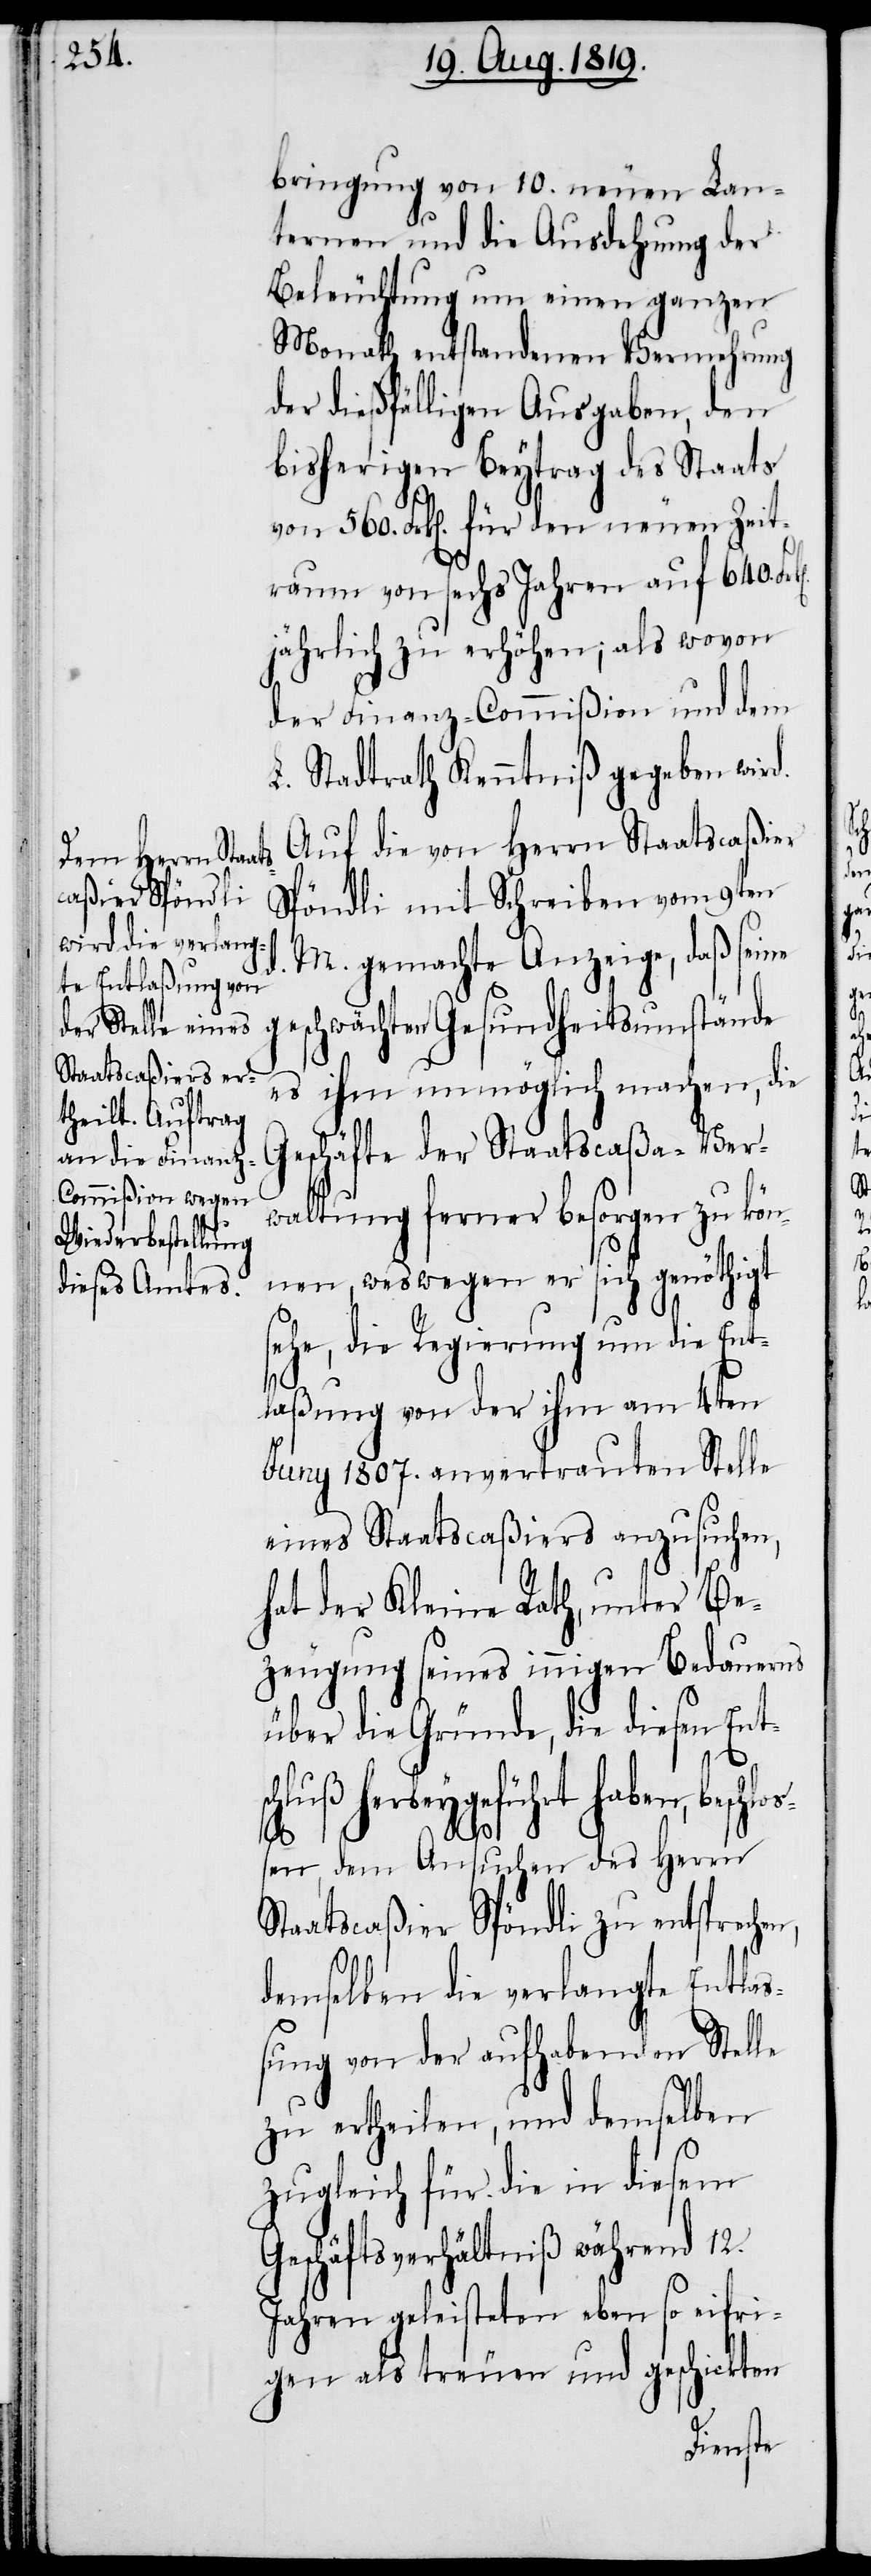
bringung von 10. neuen Lan¬
ternen und die Ausdehnung der
Beleuchtung um einen ganzen
Monath entstandenen Vermehrung
der dießfälligen Ausgaben, den
bisherigen Beytrag des Staats
von 560. Frk[en]. für den neuen Zeit¬
raum von sechs Jahren auf 640.
jährlich zu erhöhen; als wovon
der Finanz-Commißion und dem
L. Stadtrath Kenntniß gegeben wird.
Auf die von Herrn Staatscaßier
Spöndli mit Schreiben vom 9ten
M. gemachte Anzeige, daß seine
geschwächten Gesundheitsumstände
es ihm unmöglich machen, die
Geschäfte der Staatscaßa-Ver¬
waltung ferner besorgen zu kön¬
nen, weswegen er sich genöthigt
sehe, die Regierung um die Ent¬
laßung von der ihm am 4ten
Juny 1807. anvertrauten Stelle
eines Staatscaßiers anzusuchen,
hat der Kleine Rath, unter Be¬
zeugung seines innigen Bedauerns
über die Gründe, die diesen Ent¬
schluß herbeygeführt haben, beschl¬
sen, dem Ansuchen des Herrn
Staatscaßier Spöndli zu entsprechen,
os¬
demselben die verlangte Entlas¬
sung von der aufhabenden Stelle
zu ertheilen, und demselben
zugleich für die in diesem
Geschäftsverhältniß während 12.
Jahren geleisteten eben so eifri¬
gen als treuen und geschickten